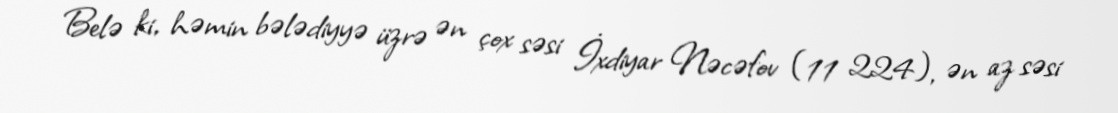
Belə ki, həmin bələdiyyə üzrə ən çox səsi İxdiyar Nəcəfov (11 224), ən az səsi